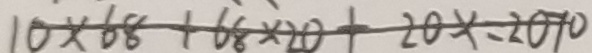
1 0 \times 6 8 + 6 8 \times 2 0 x = 2 0 1 0